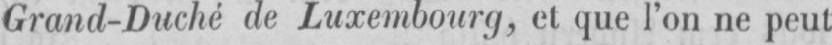
Grand-Duché de Luxembourg et que l’on ne peut